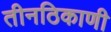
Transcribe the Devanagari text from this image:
तीनठिकाणी